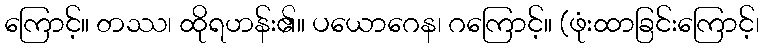
ကြောင့်။ တဿ၊ ထိုရဟန်း၏။ ပယောဂေန၊ ဂကြောင့်။ (ဖုံးထာခြင်းကြောင့်၊